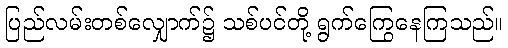
ပြည်လမ်းတစ်လျှောက်၌ သစ်ပင်တို့ ရွက်ကြွေနေကြသည်။